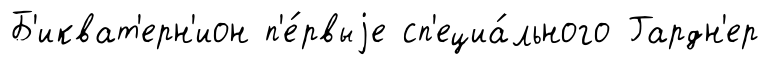
Б'икват'ерн'ион п'е́рвыjе сп'ециа́льного Гардн'ер